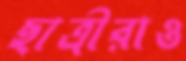
ছাত্রীরাও